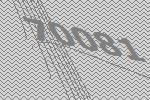
70081